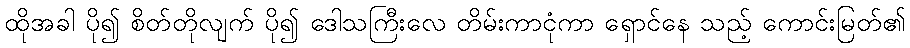
ထိုအခါ ပို၍ စိတ်တိုလျက် ပို၍ ဒေါသကြီးလေ တိမ်းကာငုံကာ ရှောင်နေ သည့် ကောင်းမြတ်၏